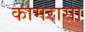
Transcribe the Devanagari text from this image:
कामरासा